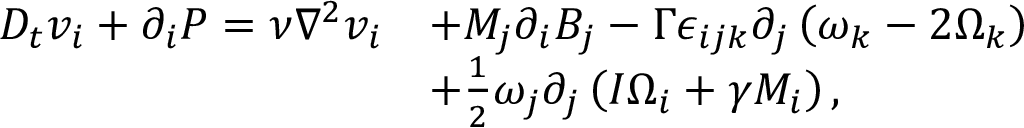
\begin{array} { r l } { D _ { t } v _ { i } + \partial _ { i } P = \nu \nabla ^ { 2 } v _ { i } } & { + M _ { j } \partial _ { i } B _ { j } - \Gamma \epsilon _ { i j k } \partial _ { j } \left( \omega _ { k } - 2 \Omega _ { k } \right) } \\ & { + \frac { 1 } { 2 } \omega _ { j } \partial _ { j } \left( I \Omega _ { i } + \gamma M _ { i } \right) , } \end{array}